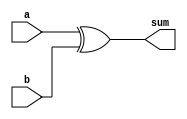
module cl_add #(
    parameter DATA_WIDTH = 32
)(
    input   [DATA_WIDTH-1:0]    a,
    input   [DATA_WIDTH-1:0]    b,
    output  [DATA_WIDTH-1:0]    sum
);

    assign sum = a ^ b;

endmodule